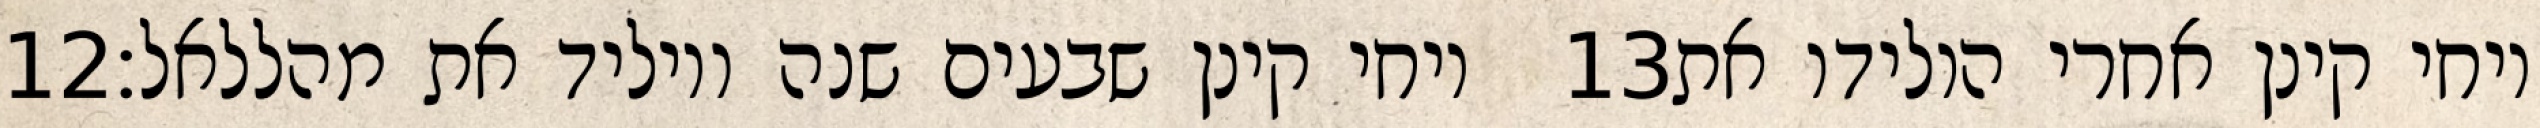
‎12‏ ויחי קינן שבעים שנה ויוליד את מהללאל׃ ‎13‏ ויחי קינן אחרי הולידו את